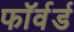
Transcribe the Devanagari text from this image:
फाॅर्वर्ड